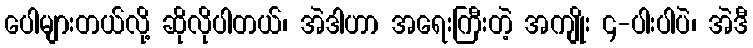
ပေါများတယ်လို့ ဆိုလိုပါတယ်၊ အဲဒါဟာ အရေးကြီးတဲ့ အကျိုး ၄-ပါးပါပဲ၊ အဲဒီ